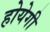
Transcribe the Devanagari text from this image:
होयेगी